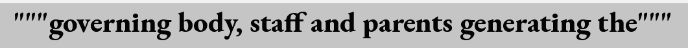
"""governing body, staff and parents generating the"""